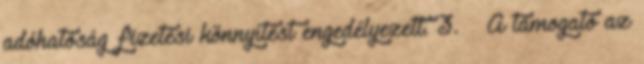
adóhatóság fizetési könnyítést engedélyezett. 3. § A támogató az